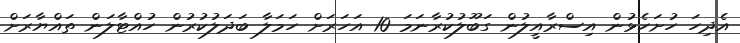
އެދިހަ ހުށަހެޅުން އިސްރާއީލުން ގަބޫލުކުރާނަމަ 10 އަހަރަށް ހަމަލާ ބަދަލުކުރުން ހުއްޓާލަން ތައްޔާރަށް